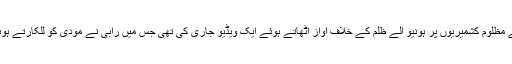
چند روز قبل گلوکارہ رابی پیرزادہ نے مظلوم کشمیریوں پر ہونیو الے ظلم کے خلاف آواز اٹھاتے ہوئے ایک ویڈیو جاری کی تھی جس میں رابی نے مودی کو للکارتے ہوئے سانپ اورمگر مچھ سے ڈرایاتھا ۔